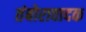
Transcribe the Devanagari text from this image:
तंबोरावादक